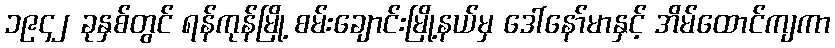
၁၉၄၂ ခုနှစ်တွင် ရန်ကုန်မြို့ စမ်းချောင်းမြို့နယ်မှ ဒေါ်နော်မာနှင့် အိမ်ထောင်ကျကာ